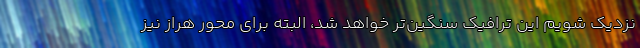
نزدیک شویم این ترافیک سنگین‌تر خواهد شد، البته برای محور هراز نیز